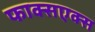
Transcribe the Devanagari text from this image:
फाक्सएक्स